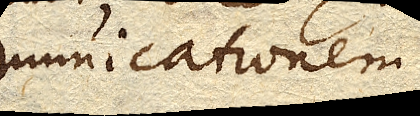
communicationem